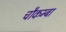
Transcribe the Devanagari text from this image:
चौकम्‍बा